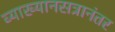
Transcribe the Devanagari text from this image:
व्याख्यानसत्रानंतर